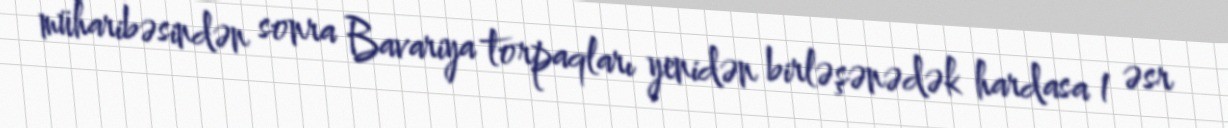
müharibəsindən sonra Bavariya torpaqları yenidən birləşənədək hardasa 1 əsr